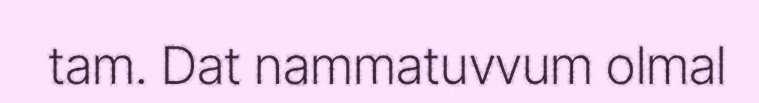
tam. Dat nammatuvvum olmal